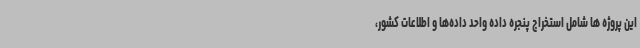
این پروژه ها شامل استخراج پنجره داده واحد داده‌ها و اطلاعات کشور،